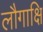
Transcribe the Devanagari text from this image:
लौगाक्षि